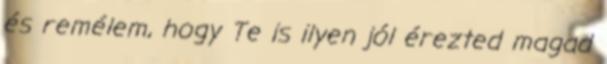
és remélem, hogy Te is ilyen jól érezted magad